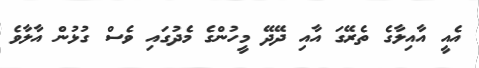
އެއީ އާއިލާގެ ތެރޭގަ އާއި ދޭދޭ މީހުންގެ މެދުގައި ވެސް ގުޅުން އާލާވެ